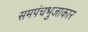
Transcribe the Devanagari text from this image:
समपंचभुजाकार